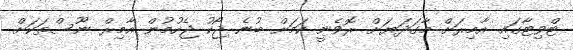
ޓްވިޓާގައި އާމިރަށް މާގަދަޔަށް ރޮވެނީ ކަމަށް ބުނެ ޖޯކު ޖެހުމުން އާމިރް ނޫސްތަކަށް